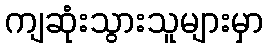
ကျဆုံးသွားသူများမှာ